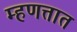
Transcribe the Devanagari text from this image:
म्हणत्तात